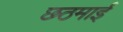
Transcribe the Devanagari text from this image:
छठमाई